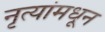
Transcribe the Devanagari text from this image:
नृत्यांमधून